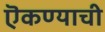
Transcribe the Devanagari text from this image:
ऎकण्याची